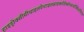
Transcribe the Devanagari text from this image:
हाइड्रोक्सीमीथाइलपेन्टाइलसाइक्लोहेक्सेनकार्बोक्सिअल्डिहाइड